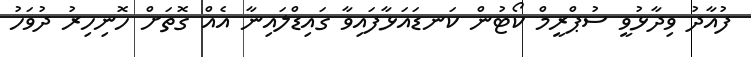
ފުއާދު ވިދާޅުވީ ސުޕްރީމް ކޯޓުން ކަނޑައަޅާފައިވާ ގައިޑްލައިނާ އެއް ގޮތަށް ހޮނިހިރު ދުވަހު